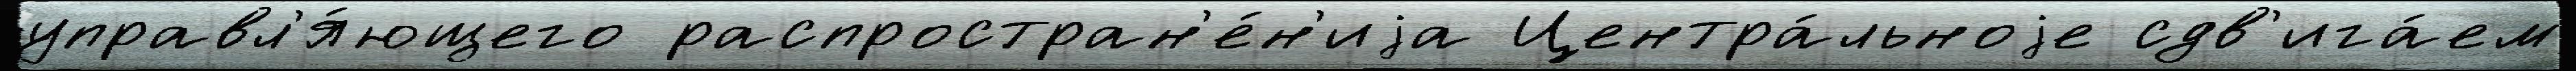
управл'я́ющего распростран'е́н'иjа Центра́льноjе сдв'ига́ем